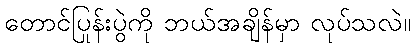
တောင်ပြုန်းပွဲကို ဘယ်အချိန်မှာ လုပ်သလဲ။